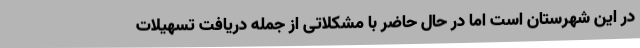
در این شهرستان است اما در حال حاضر با مشکلاتی از جمله دریافت تسهیلات